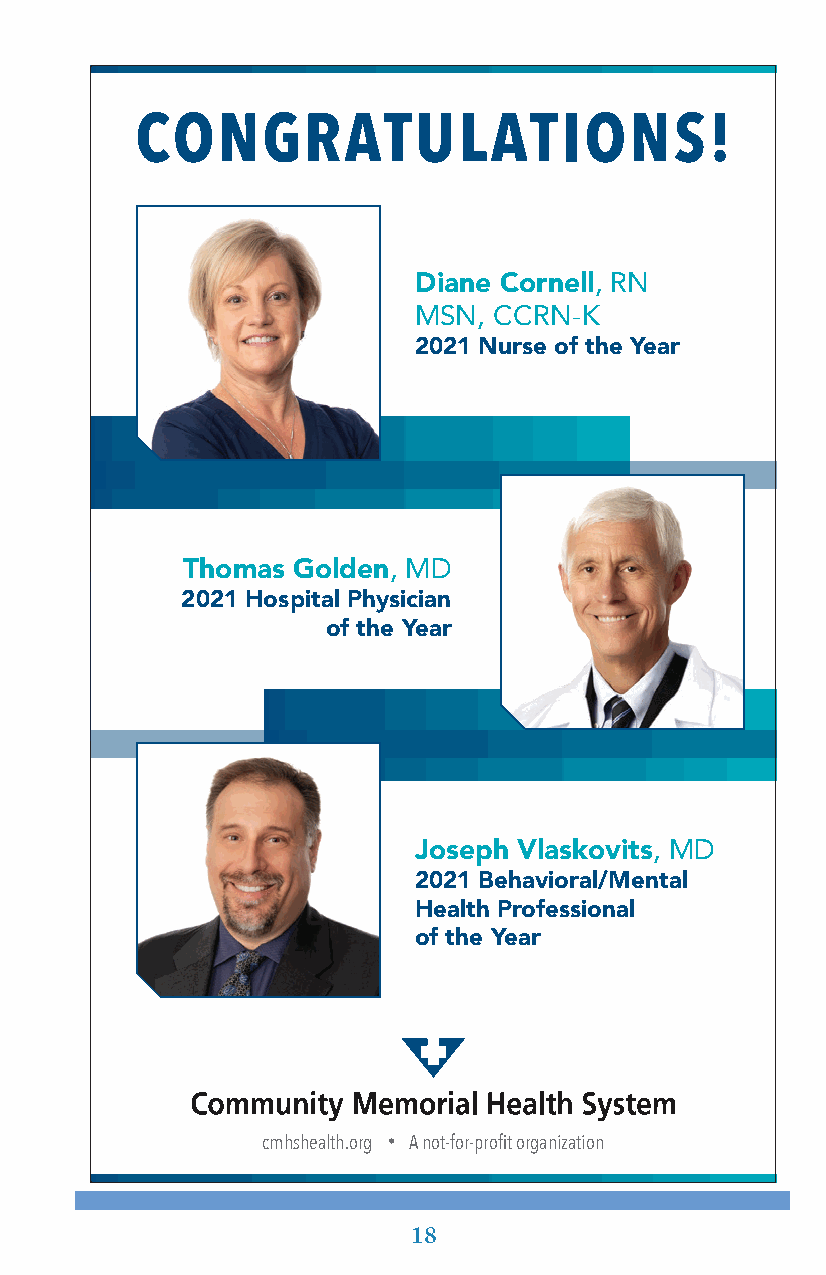
CONGRATULATIONS!
 Diane Cornell, RN
 MSN,  CCRN-K
 2021 Nurse of the Year
 Thomas Golden, MD
 2021 Hospital Physician
 of the Year
 Joseph Vlaskovits, MD
 2021 Behavioral/Mental
 Health Professional
 of the Year
 cmhshealth.org • A not-for-profit organization
 18